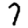
Digit: 7